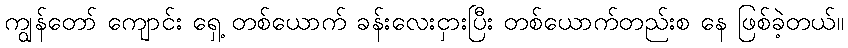
ကျွန်တော် ကျောင်း ရှေ့ တစ်ယောက် ခန်းလေးငှားပြီး တစ်ယောက်တည်းစ နေ ဖြစ်ခဲ့တယ်။